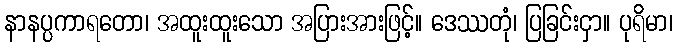
နာနပ္ပကာရတော၊ အထူးထူးသော အပြားအားဖြင့်။ ဒေဿတုံ၊ ပြခြင်းငှာ။ ပုရိမာ၊